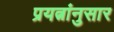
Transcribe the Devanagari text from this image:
प्रयत्नांनुसार